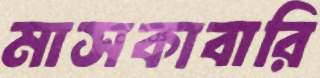
মাসকাবারি